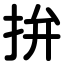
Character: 拚